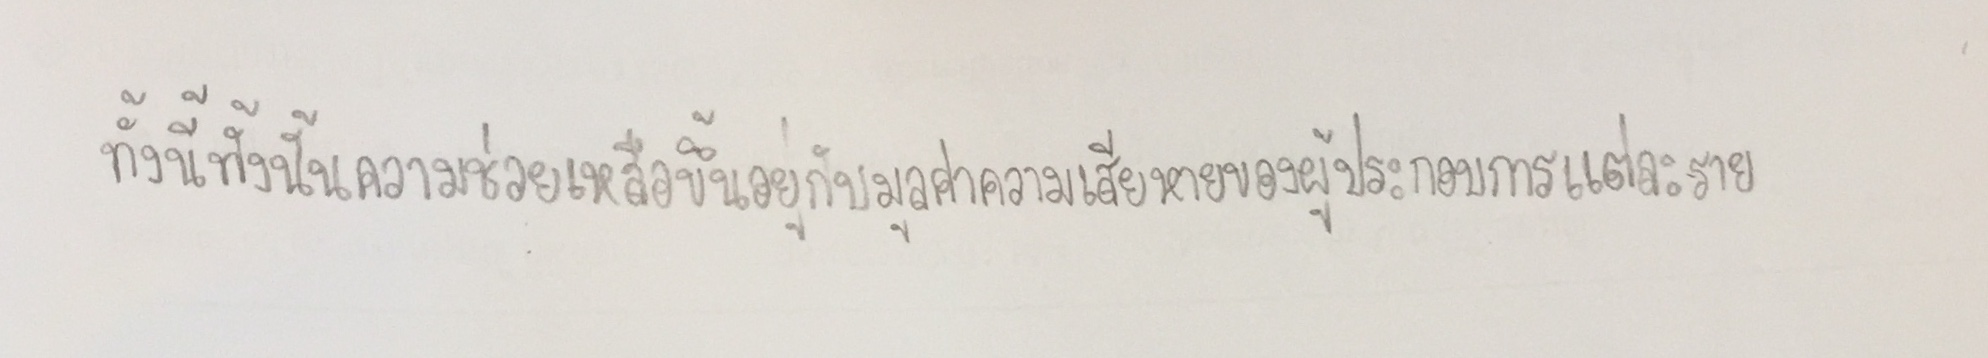
ทั้งนี้ทั้งนั้นความช่วยเหลือขึ้นอยู่กับมูลค่าความเสียหายของผู้ประกอบการแต่ละราย